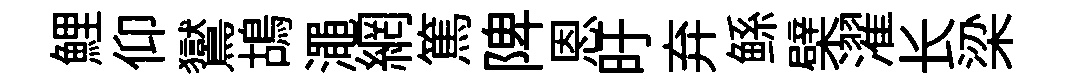
鯉仰鸑鴣澠網篤陴恩旴弃鲧檗濯长梁